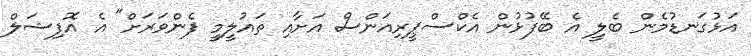
އަޅުގަނޑުމެން ބެލީ އެ ބޭފުޅުން އެކްސްޕީރިއަންސް އަށާއި ތައުލީމީ ފެންވަރަށް" އެ އޮފިޝަލް